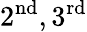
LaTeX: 2^{\mathrm{nd}},3^{\mathrm{rd}}